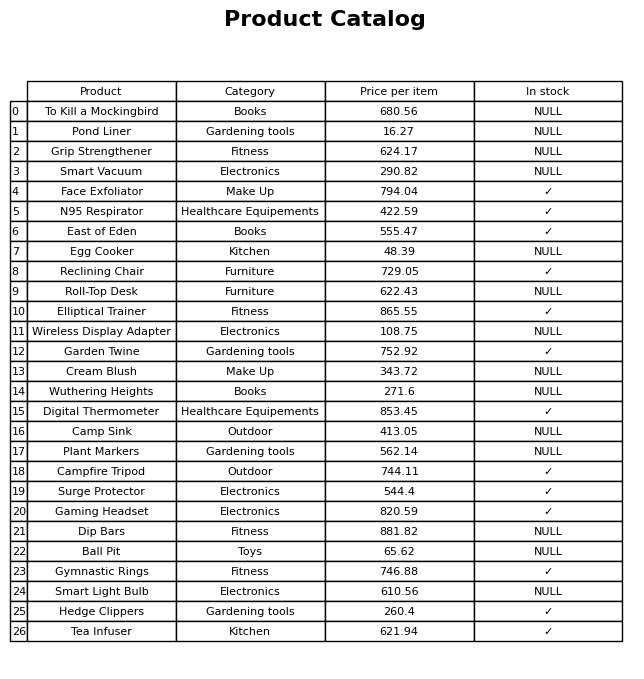
question: What is the stock status of the Plant Markers?
answer: NULL